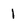
Character: 1